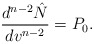
\begin{align*} \frac{d^{n-2}\hat{N}}{dv^{n-2}}=P_{0}.\end{align*}